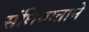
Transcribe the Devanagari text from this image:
संधिवाताने